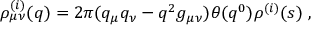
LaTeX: \rho _ { \mu \nu } ^ { ( i ) } ( q ) = 2 \pi ( q _ { \mu } q _ { \nu } - q ^ { 2 } g _ { \mu \nu } ) \theta ( q ^ { 0 } ) \rho ^ { ( i ) } ( s ) \; ,